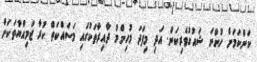
ކަންކަމަށް ހުންނަ ޝައުގުވެރިކަން. އަދި މިފަދަ މުހިންމު ދާއިރާތަކުގައި މަސައްކަތް ކުރާ ޖަމިއްޔާތަކަށް